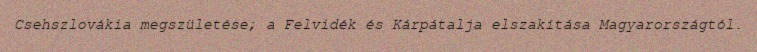
Csehszlovákia megszületése; a Felvidék és Kárpátalja elszakítása Magyarországtól.